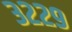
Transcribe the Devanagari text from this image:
३२२९